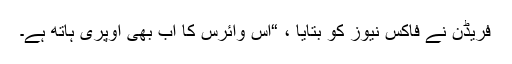
فریڈن نے فاکس نیوز کو بتایا ، “اس وائرس کا اب بھی اوپری ہاتھ ہے۔